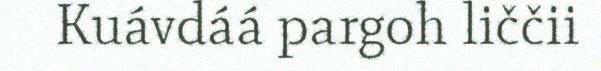
Kuávdáá pargoh liččii